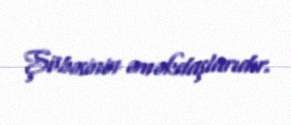
Şöbəsinin əməkdaşlarıdır.